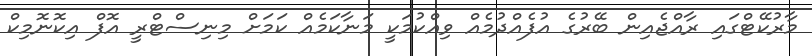
މާރުކޭޓްގައި ރާއްޖެއިން ބޭރުގެ އުފެއްދުމެއް ވިއްކުމަކީ މަނާކަމެއް ކަމަށް މިނިސްޓްރީ އޮފް އިކޮނޮމިކް